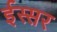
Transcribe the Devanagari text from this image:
ईस्सर